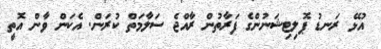
އުޅޭ ރަނޑު ޕޮލިޓިޝަނުންގެ ފަރާތުން ރާއްޖެ ސަލާމަތް ކުރަން. އެކަން ވާން އޮތީ